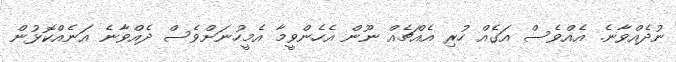
ނުދެއްވާނެ. އެއްވެސް އަގެއް ހުރި އެއްޗެއް ނޫން އެހެންވީމާ އެމީހުނަށްވެސް ދެއްވާނެ އަނެއްކޮޅުން